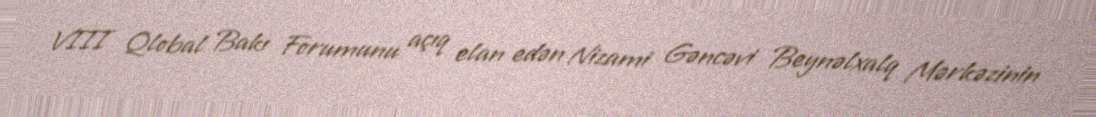
VIII Qlobal Bakı Forumunu açıq elan edən Nizami Gəncəvi Beynəlxalq Mərkəzinin